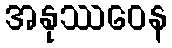
အနုဿဝေန